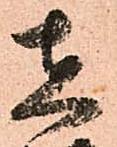
在